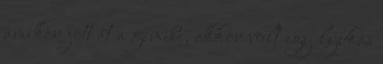
amikor jött át a gimibe, akkor volt egy lyukas